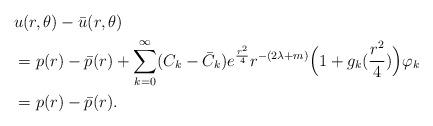
LaTeX: \begin{align*}&u(r,\theta)-\bar u(r, \theta)\\&=p(r)-\bar p(r)+\sum_{k=0}^{\infty} (C_k-\bar C_k)e^{\frac{r^2}{4}}r^{-(2\lambda+m)}\Big(1+g_k(\frac{r^2}{4})\Big)\varphi_k\\&=p(r)-\bar p(r).\end{align*}